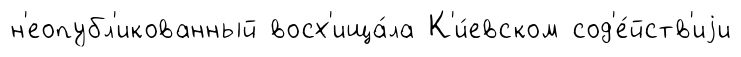
н'еопубл'икованный восх'ища́ла К'и́евском сод'е́йств'иjи